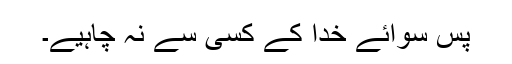
پس سوائے خدا کے کسی سے نہ چاہیے۔